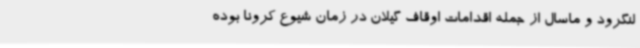
لنگرود و ماسال از جمله اقدامات اوقاف گیلان در زمان شیوع کرونا بوده